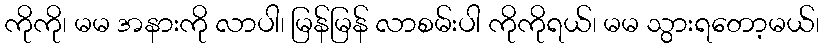
ကိုကို၊ မမ အနားကို လာပါ၊ မြန်မြန် လာစမ်းပါ ကိုကိုရယ်၊ မမ သွားရတော့မယ်၊